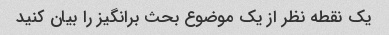
یک نقطه نظر از یک موضوع بحث برانگیز را بیان کنید